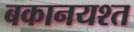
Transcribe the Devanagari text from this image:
बकानयश्त